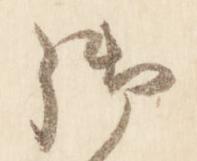
御